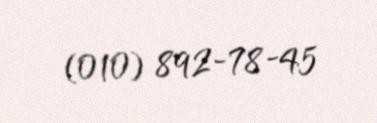
(010) 892-78-45